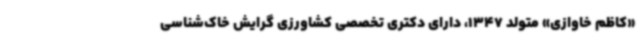
«کاظم خاوازی» متولد 1347، دارای دکتری تخصصی کشاورزی گرایش خاک‌شناسی